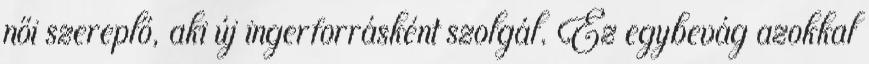
női szereplő, aki új ingerforrásként szolgál. Ez egybevág azokkal